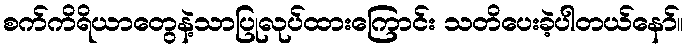
စက်ကိရိယာတွေနဲ့သာပြုလုပ်ထားကြောင်း သတိပေးခဲ့ပါတယ်နော်။